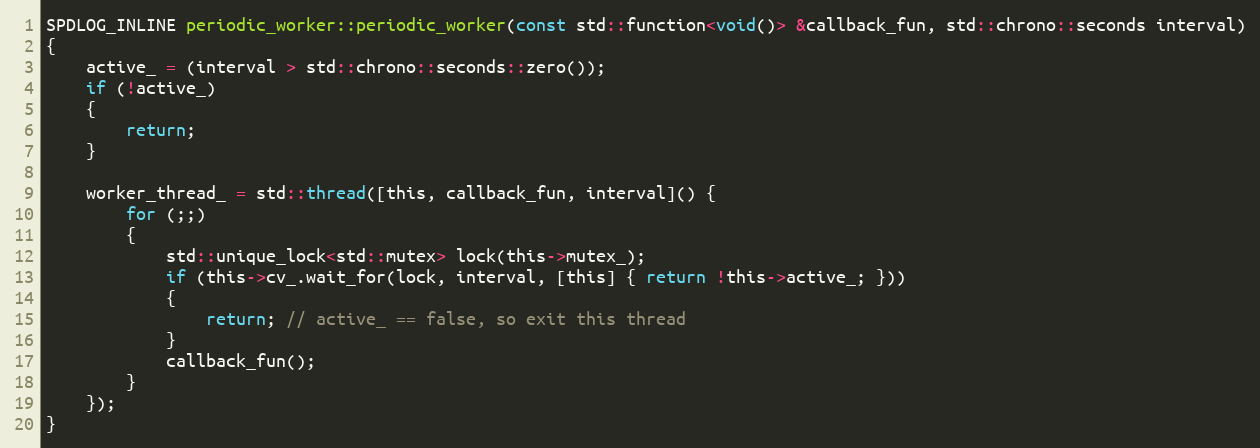
Language: C
SPDLOG_INLINE periodic_worker::periodic_worker(const std::function<void()> &callback_fun, std::chrono::seconds interval)
{
    active_ = (interval > std::chrono::seconds::zero());
    if (!active_)
    {
        return;
    }

    worker_thread_ = std::thread([this, callback_fun, interval]() {
        for (;;)
        {
            std::unique_lock<std::mutex> lock(this->mutex_);
            if (this->cv_.wait_for(lock, interval, [this] { return !this->active_; }))
            {
                return; // active_ == false, so exit this thread
            }
            callback_fun();
        }
    });
}